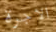
الاجرة